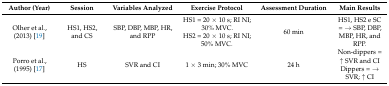
<table><thead><tr><td><b>Author (Year)</b></td><td><b>Session</b></td><td><b>Variables Analyzed</b></td><td><b>Exercise Protocol</b></td><td><b>Assessment Duration</b></td><td><b>Main Results</b></td></tr></thead><tbody><tr><td>Olher et al., (2013) [19]</td><td>HS1, HS2, and CS</td><td>SBP, DBP, MBP, HR, and RPP</td><td>HS1 = 20 × 10 s; RI NI; 30% MVC.HS2 = 20 × 10 s; RI NI; 50% MVC.</td><td>60 min</td><td>HS1, HS2 e SC = → SBP, DBP, MBP, HR, and RPP.</td></tr><tr><td>Porro et al., (1995) [17]</td><td>HS</td><td>SVR and CI</td><td>1 × 3 min; 30% MVC</td><td>24 h</td><td>Non-dippers = ↑ SVR and CIDippers = → SVR; ↑ CI</td></tr></tbody></table>